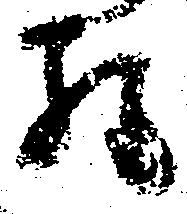
経